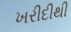
ખરીદીથી